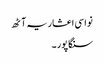
نواسی اعشاریہ آٹھ
سنگاپور ۔